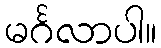
မင်္ဂလာပါ။